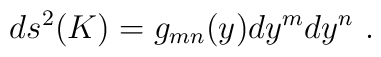
ds^2(K) = g_{mn}(y) dy^m dy^n~.